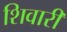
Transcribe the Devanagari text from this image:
शिवारी